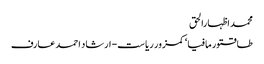
محمد اظہارالحق
طاقتور مافیا‘ کمزور ریاست- ارشاد احمد عارف